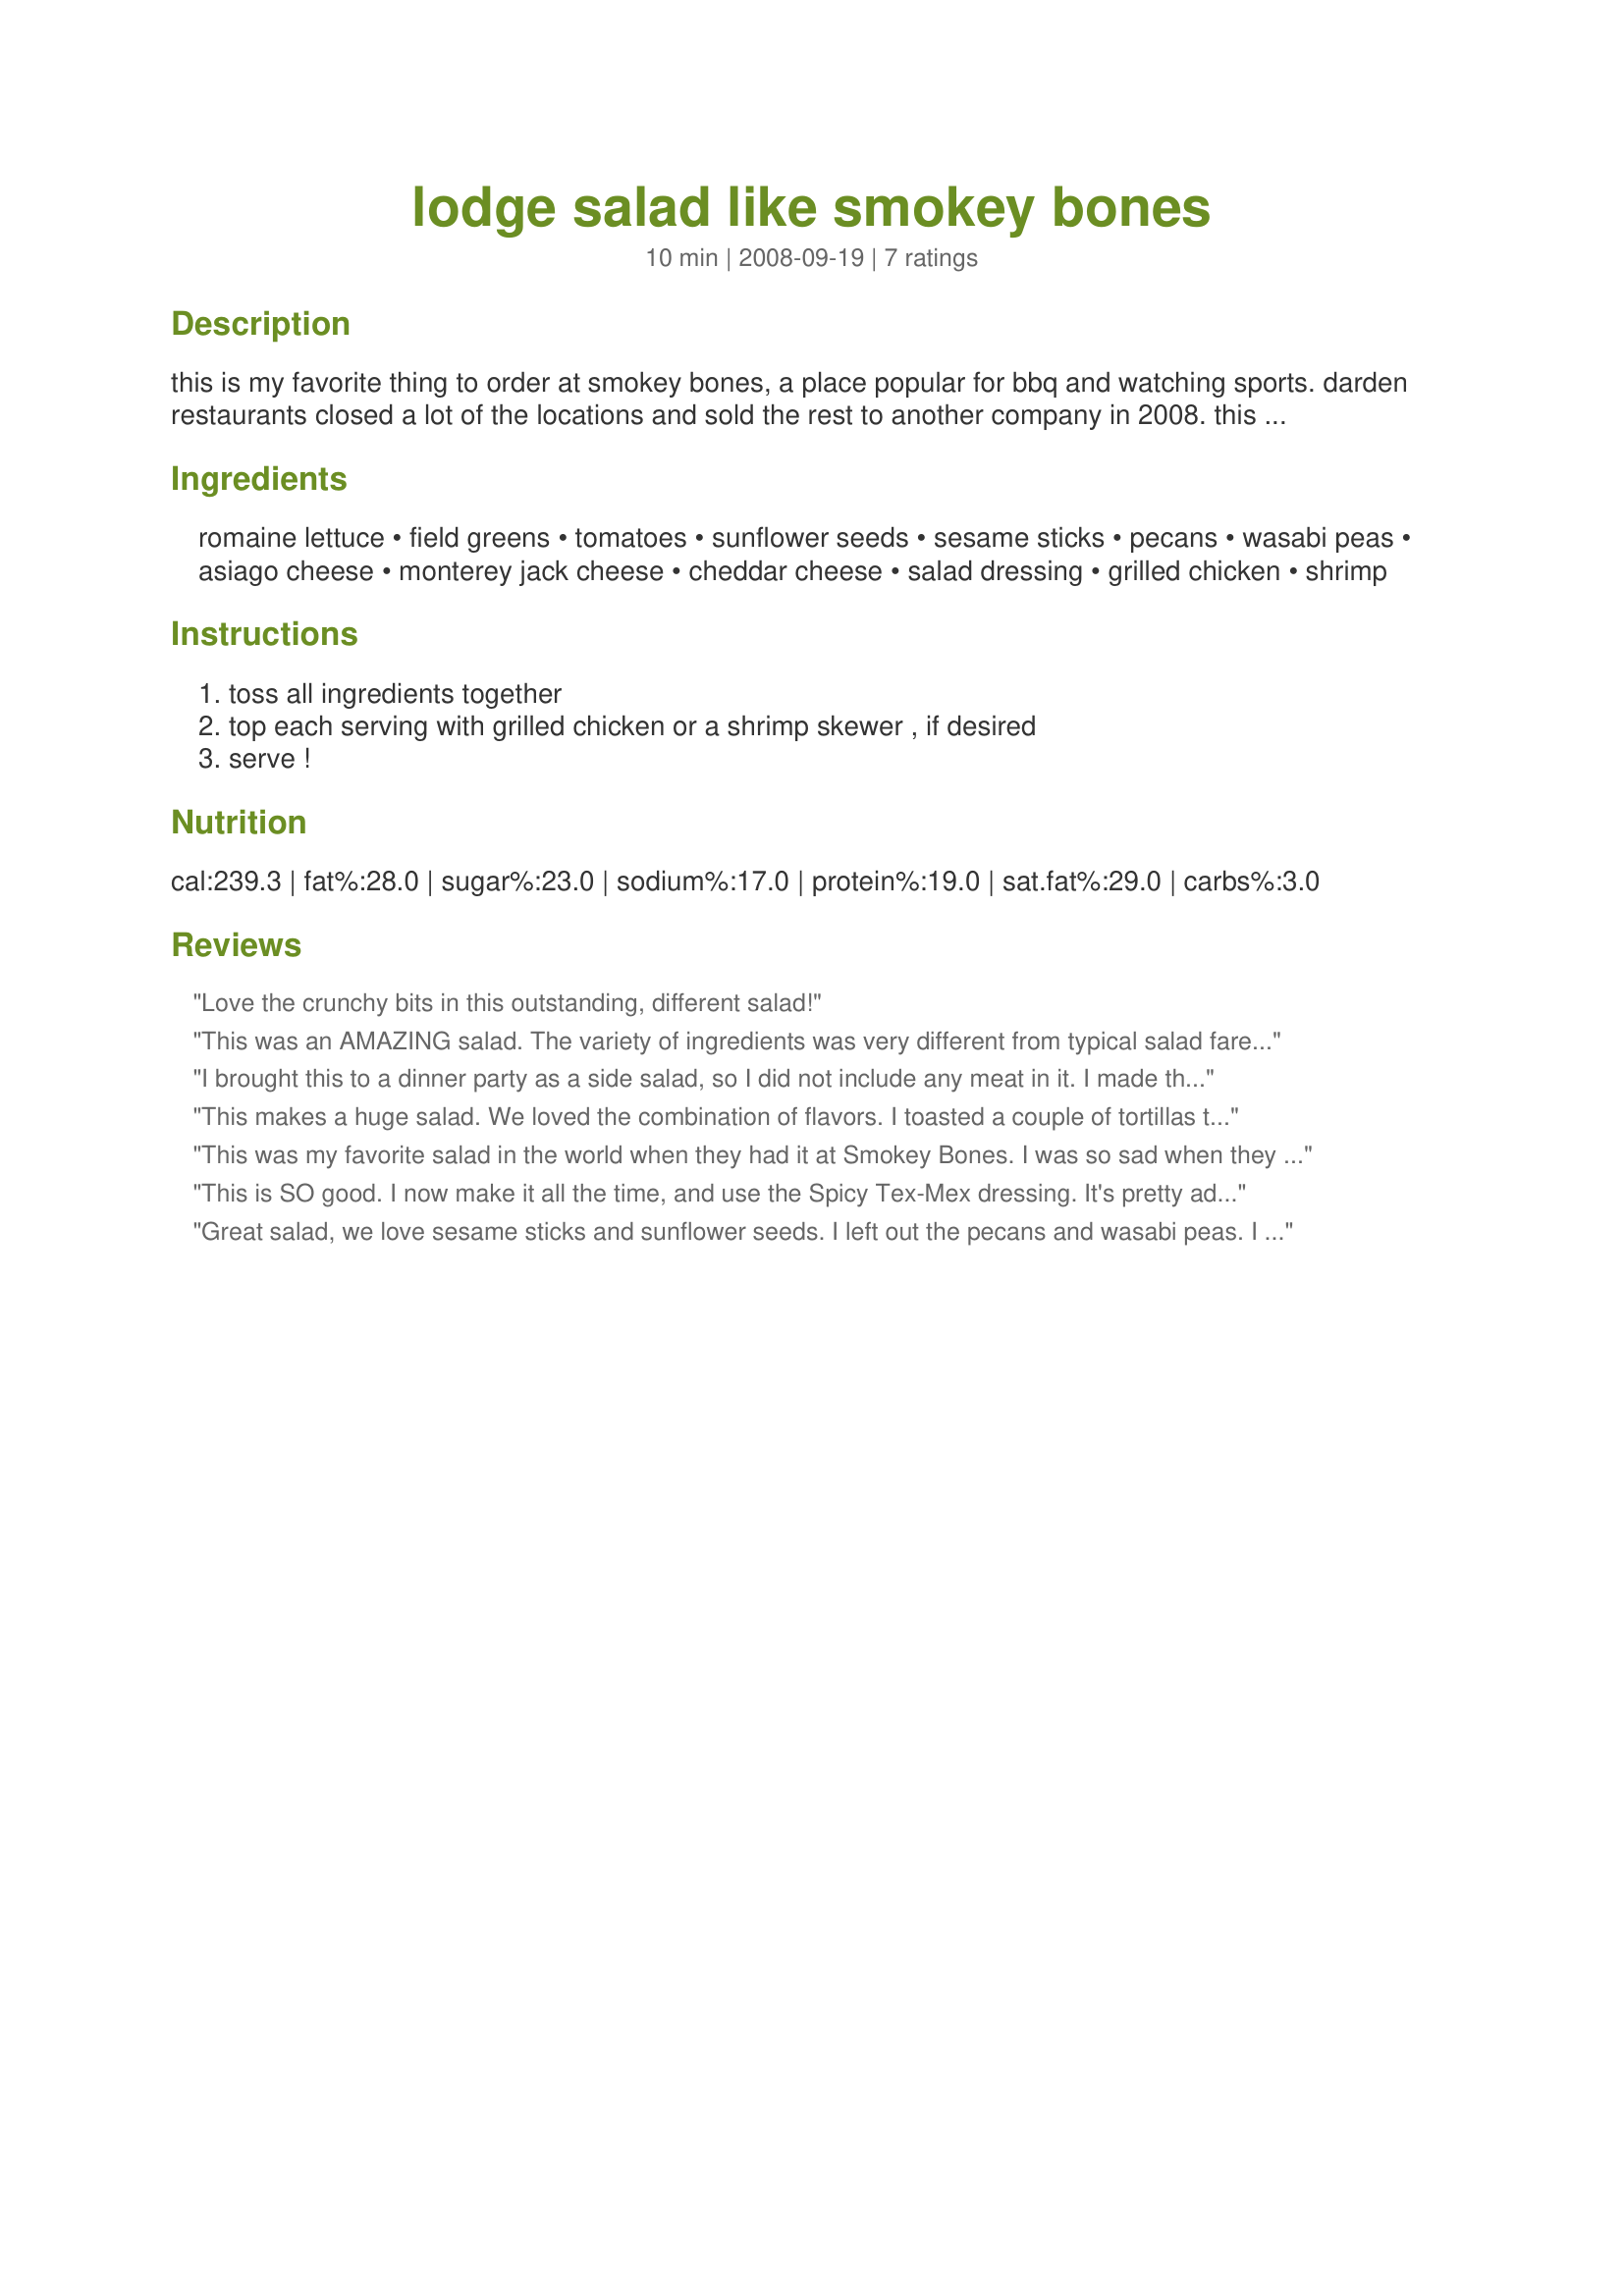
lodge salad like smokey bones
Preparation time: 10 minutes

this is my favorite thing to order at smokey bones, a place popular for bbq and watching sports. darden restaurants closed a lot of the locations and sold the rest to another company in 2008. this is my own copycat version of the salad, not an official restaurant recipe. this is very filling even as a vegetarian salad without the chicken or shrimp; at smokey bones they give you an unrealistically huge portion - making this recipe only serve four. use any dressing you like; i really love recipe#318828 however it's not an exact replicate of smokey bones' dressing.

Ingredients:
romaine lettuce, field greens, tomatoes, sunflower seeds, sesame sticks, pecans, wasabi peas, asiago cheese, monterey jack cheese, cheddar cheese, salad dressing, grilled chicken, shrimp

Steps:
toss all ingredients together, top each serving with grilled chicken or a shrimp skewer , if desired, serve !

Reviews:
Love the crunchy bits in this outstanding, different salad!
This was an AMAZING salad. The variety of ingredients was very different from typical salad fare. I have never had Smokey Bones salad, but I can highly recommend this AND the dressing the chef includes. I could eat this for every meal. We have little kids, so the second time I made it (3 times in one week, that is how much I like this), I left out the wasabi peas (too HOT), and the sesame sticks. I couldn't find small sesame sticks, and the Keeblers that I found were too big, and added too much salt to the salad. Definitely serve for company. Expect compliments!
I brought this to a dinner party as a side salad, so I did not include any meat in it. I made the dressing specified (actually I had previously rated it VERY favorably anyway) and used all the ingredients called for except the toasted pecans. I was out, so I used honey roasted peanuts. This was fabulous and I will definitely make it again as a meal salad! Thanks for posting!
This makes a huge salad. We loved the combination of flavors. I toasted a couple of tortillas to go with and had a wonderful meal. Thanks!
This was my favorite salad in the world when they had it at Smokey Bones. I was so sad when they got rid of it. I made this last night, but I have to admit I didn't measure anything and I used glazed pecans. I used a mexican cheese blend and Hidden Valley spicy ranch dressing. It was amazing! Very close to Smokey Bones.
This is SO good. I now make it all the time, and use the Spicy Tex-Mex dressing. It's pretty addictive. If I'm just making it for myself, I leave out most of the cheese (except for the asiago) and also the pecans.
Great salad, we love sesame sticks and sunflower seeds. I left out the pecans and wasabi peas. I used ranch dressing but I think thousand island or honey mustard would also have been good. My husband suggested bacos next time.
